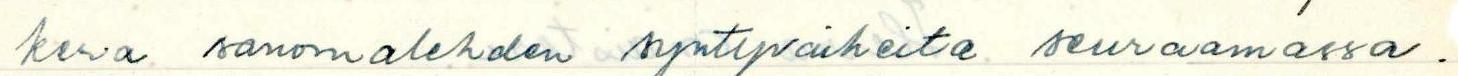
kera sanomalehden syntyvaiheita seuraamassa.